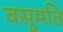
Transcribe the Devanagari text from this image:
वसुमति